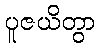
ပူဇယိတွာ